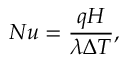
N u = \frac { q H } { \lambda \Delta T } ,